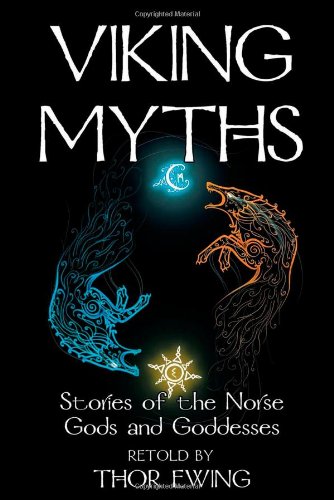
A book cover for Viking Myths - Stories of the Norse Gods and Goddesses; Romance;